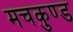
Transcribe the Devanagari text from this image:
मचकुण्ड